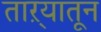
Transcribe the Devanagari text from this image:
ताऱ्यातून